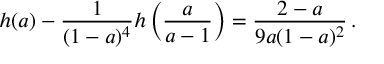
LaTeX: h ( a ) - { \frac { 1 } { ( 1 - a ) ^ { 4 } } } h \left( { \frac { a } { a - 1 } } \right) = { \frac { 2 - a } { 9 a ( 1 - a ) ^ { 2 } } } \, .